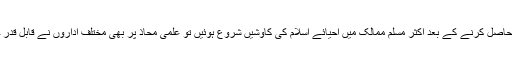
استعمار سے آزادی حاصل کرنے کے بعد اکثر مسلم ممالک میں احیائے اسلام کی کاوشیں شروع ہوئیں تو علمی محاذ پر بھی مختلف اداروں نے قابل قدر خدمات سرانجام دیں۔